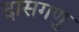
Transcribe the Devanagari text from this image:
दासगणु